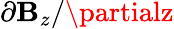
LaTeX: \partial\mathbf{B}_{z}/\partialz